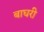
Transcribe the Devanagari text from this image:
बाघरी